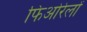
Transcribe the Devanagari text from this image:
फिओरेलों